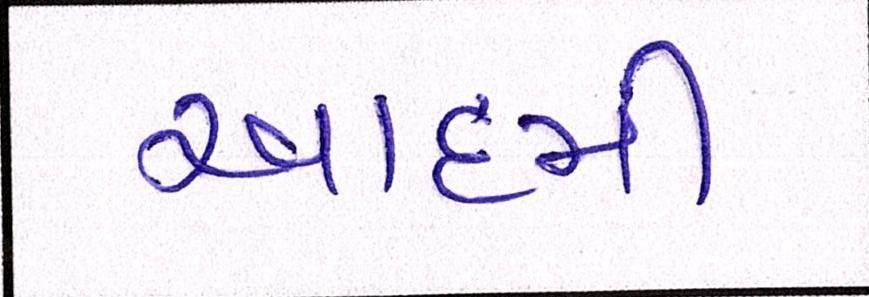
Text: આદમી